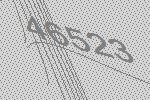
46523